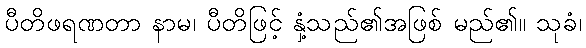
ပီတိဖရဏတာ နာမ၊ ပီတိဖြင့် နှံ့သည်၏အဖြစ် မည်၏။ သုခံ၊